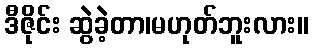
ဒီဇိုင်း ဆွဲခဲ့တာ၊မဟုတ်ဘူးလား။